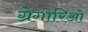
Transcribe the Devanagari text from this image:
ग्रेगोरिओ